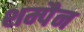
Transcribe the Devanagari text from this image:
शम्पैन